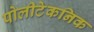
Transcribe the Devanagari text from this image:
पोलीटेकनिक